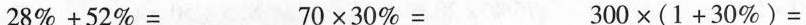
$$2 8 % + 5 2 % =$$ $$7 0 \times 3 0 % =$$ $$3 0 0 \times ( 1 + 3 0 % ) =$$